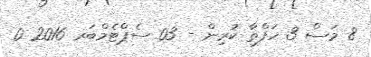
8 މަސް 3 ހަފްތާ ކުރިން - 03 ސެޕްޓެމްބަރ 2016 0